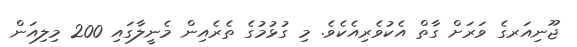
ޖޫނިއަރގެ ވަރަށް ގާތް އެކުވެރިއެކެވެ. މި ގުޅުމުގެ ތެރެއިން މެނީލާގައި 200 މިލިއަން